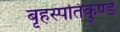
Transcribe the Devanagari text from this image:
बृहस्पतिकुण्ड